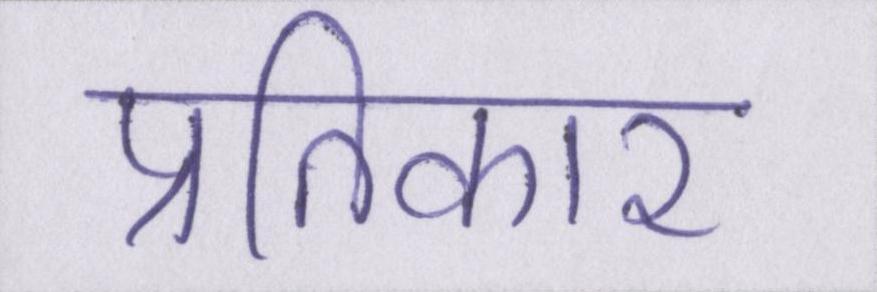
प्रतिकार